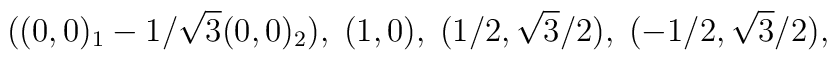
((0,0)_{1}-1/\sqrt{3}(0,0)_{2} ),\;(1,0) , \;(1/2,\sqrt{3}/2) , \; (-1/2, \sqrt{3}/2) ,